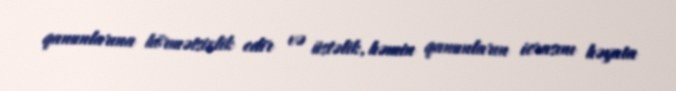
qanunlarına hörmətsizlik edir və üstəlik, həmin qanunların icrasını həyata